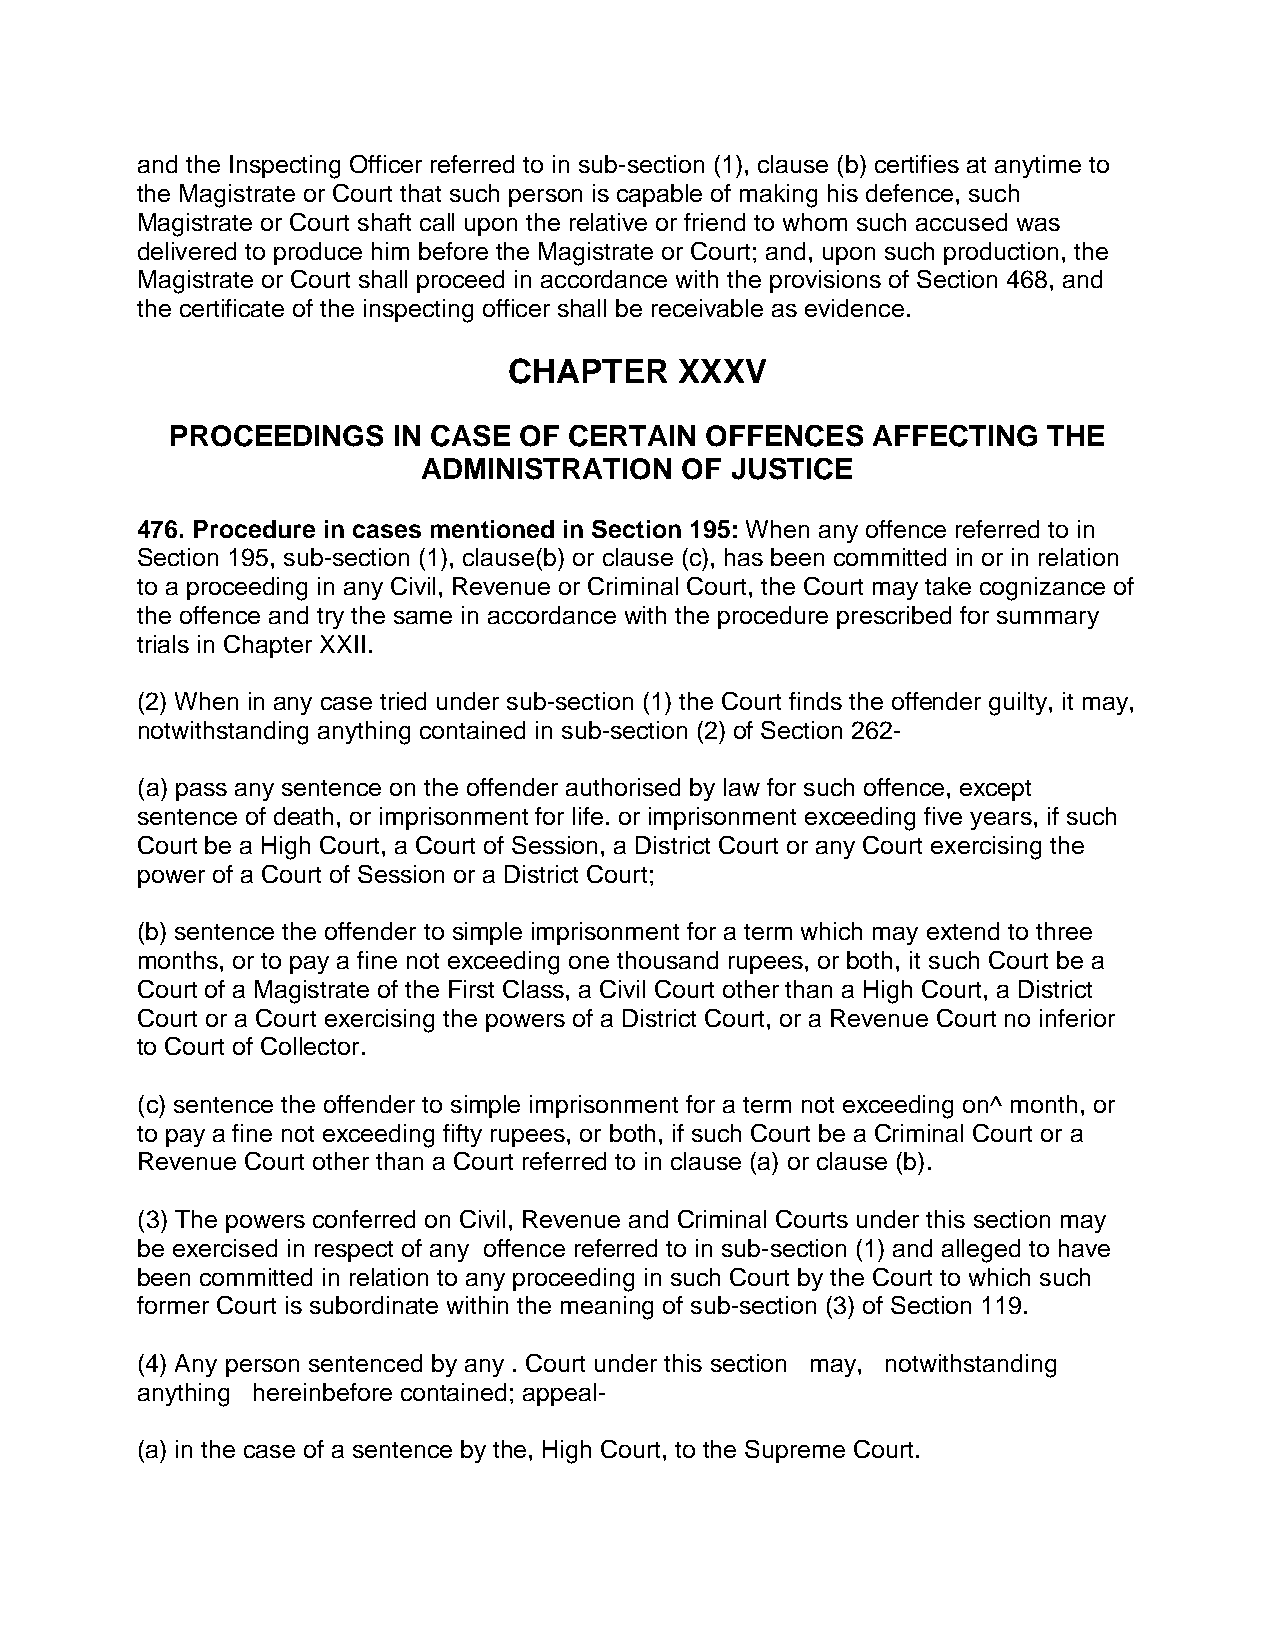
and the Inspecting Officer referred to in sub-section (1), clause (b) certifies at anytime to
 the Magistrate or Court that such person is capable of making his defence, such
 Magistrate or Court shaft call upon the relative or friend to whom such accused was
 delivered to produce him before the Magistrate or Court; and, upon such production, the
 Magistrate or Court shall proceed in accordance with the provisions of Section 468, and
 the certificate of the inspecting officer shall be receivable as evidence.
 CHAPTER    XXXV
 PROCEEDINGS    IN CASE OF  CERTAIN  OFFENCES   AFFECTING  THE
 ADMINISTRATION   OF JUSTICE
 476. Procedure in cases mentioned in Section 195: When any offence referred to in
 Section 195, sub-section (1), clause(b) or clause (c), has been committed in or in relation
 to a proceeding in any Civil, Revenue or Criminal Court, the Court may take cognizance of
 the offence and try the same in accordance with the procedure prescribed for summary
 trials in Chapter XXII.
 (2) When in any case tried under sub-section (1) the Court finds the offender guilty, it may,
 notwithstanding anything contained in sub-section (2) of Section 262-
 (a) pass any sentence on the offender authorised by law for such offence, except
 sentence of death, or imprisonment for life. or imprisonment exceeding five years, if such
 Court be a High Court, a Court of Session, a District Court or any Court exercising the
 power of a Court of Session or a District Court;
 (b) sentence the offender to simple imprisonment for a term which may extend to three
 months, or to pay a fine not exceeding one thousand rupees, or both, it such Court be a
 Court of a Magistrate of the First Class, a Civil Court other than a High Court, a District
 Court or a Court exercising the powers of a District Court, or a Revenue Court no inferior
 to Court of Collector.
 (c) sentence the offender to simple imprisonment for a term not exceeding on^ month, or
 to pay a fine not exceeding fifty rupees, or both, if such Court be a Criminal Court or a
 Revenue Court other than a Court referred to in clause (a) or clause (b).
 (3) The powers conferred on Civil, Revenue and Criminal Courts under this section may
 be exercised in respect of any offence referred to in sub-section (1) and alleged to have
 been committed in relation to any proceeding in such Court by the Court to which such
 former Court is subordinate within the meaning of sub-section (3) of Section 119.
 (4) Any person sentenced by any . Court under this section may, notwithstanding
 anything hereinbefore contained; appeal-
 (a) in the case of a sentence by the, High Court, to the Supreme Court.